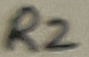
Text: R2